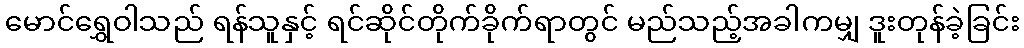
မောင်ရွှေဝါသည် ရန်သူနှင့် ရင်ဆိုင်တိုက်ခိုက်ရာတွင် မည်သည့်အခါကမျှ ဒူးတုန်ခဲ့ခြင်း